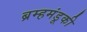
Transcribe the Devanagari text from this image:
ब्रम्हमंडूकी